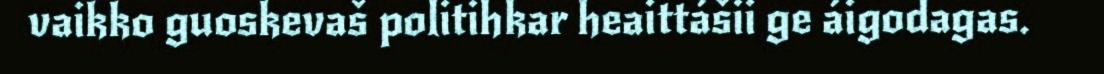
vaikko guoskevaš politihkar heaittášii ge áigodagas.